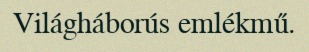
Világháborús emlékmű.